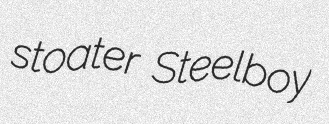
stoater Steelboy